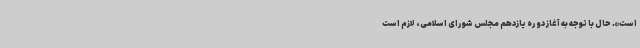
است». حال با توجه به آغاز دوره یازدهم مجلس شورای اسلامی، لازم است